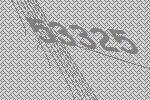
53325